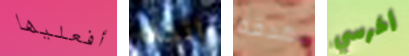
أفعليها إتجاه هدفه أخرسي